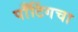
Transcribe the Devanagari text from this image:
पाँटिंगचा